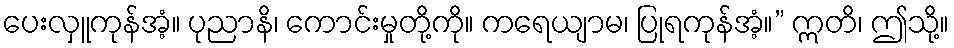
ပေးလှူကုန်အံ့။ ပုညာနိ၊ ကောင်းမှုတို့ကို။ ကရေယျာမ၊ ပြုရကုန်အံ့။” ဣတိ၊ ဤသို့။